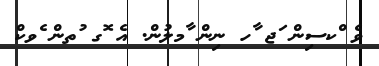
ވެ ްކސިން ަޖ ާހ ނިން ާމލުން. އެ ޮގ ުތން ެވކް